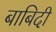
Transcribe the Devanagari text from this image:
बाबिदी